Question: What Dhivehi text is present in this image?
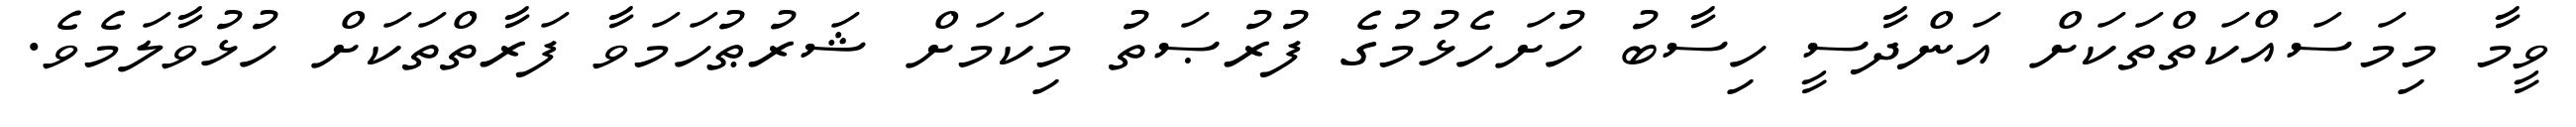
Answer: ވީމާ މިމަސައްކަތްތަކަށް އަންދާސީ ހިސާބު ހުށަހެޅުމުގެ ފުރުޞަތު މިކަމަށް ޝަރުޠުހަމަވާ ފަރާތްތަކަށް ހުޅުވާލަމެވެ.